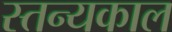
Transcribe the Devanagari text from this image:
स्तन्यकाल